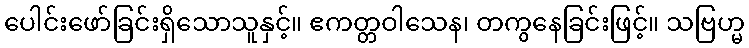
ပေါင်းဖော်ခြင်းရှိသောသူနှင့်။ ဧကတ္တဝါသေန၊ တကွနေခြင်းဖြင့်။ သဗြဟ္မ